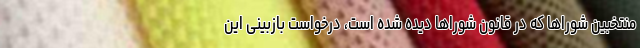
منتخبین شوراها که در قانون شوراها دیده شده است، درخواست بازبینی این